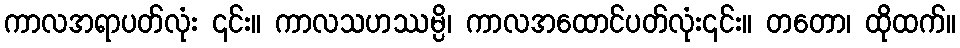
ကာလအရာပတ်လုံး ၎င်း။ ကာလသဟဿမ္ပိ၊ ကာလအထောင်ပတ်လုံး၎င်း။ တတော၊ ထိုထက်။